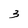
Character: 3